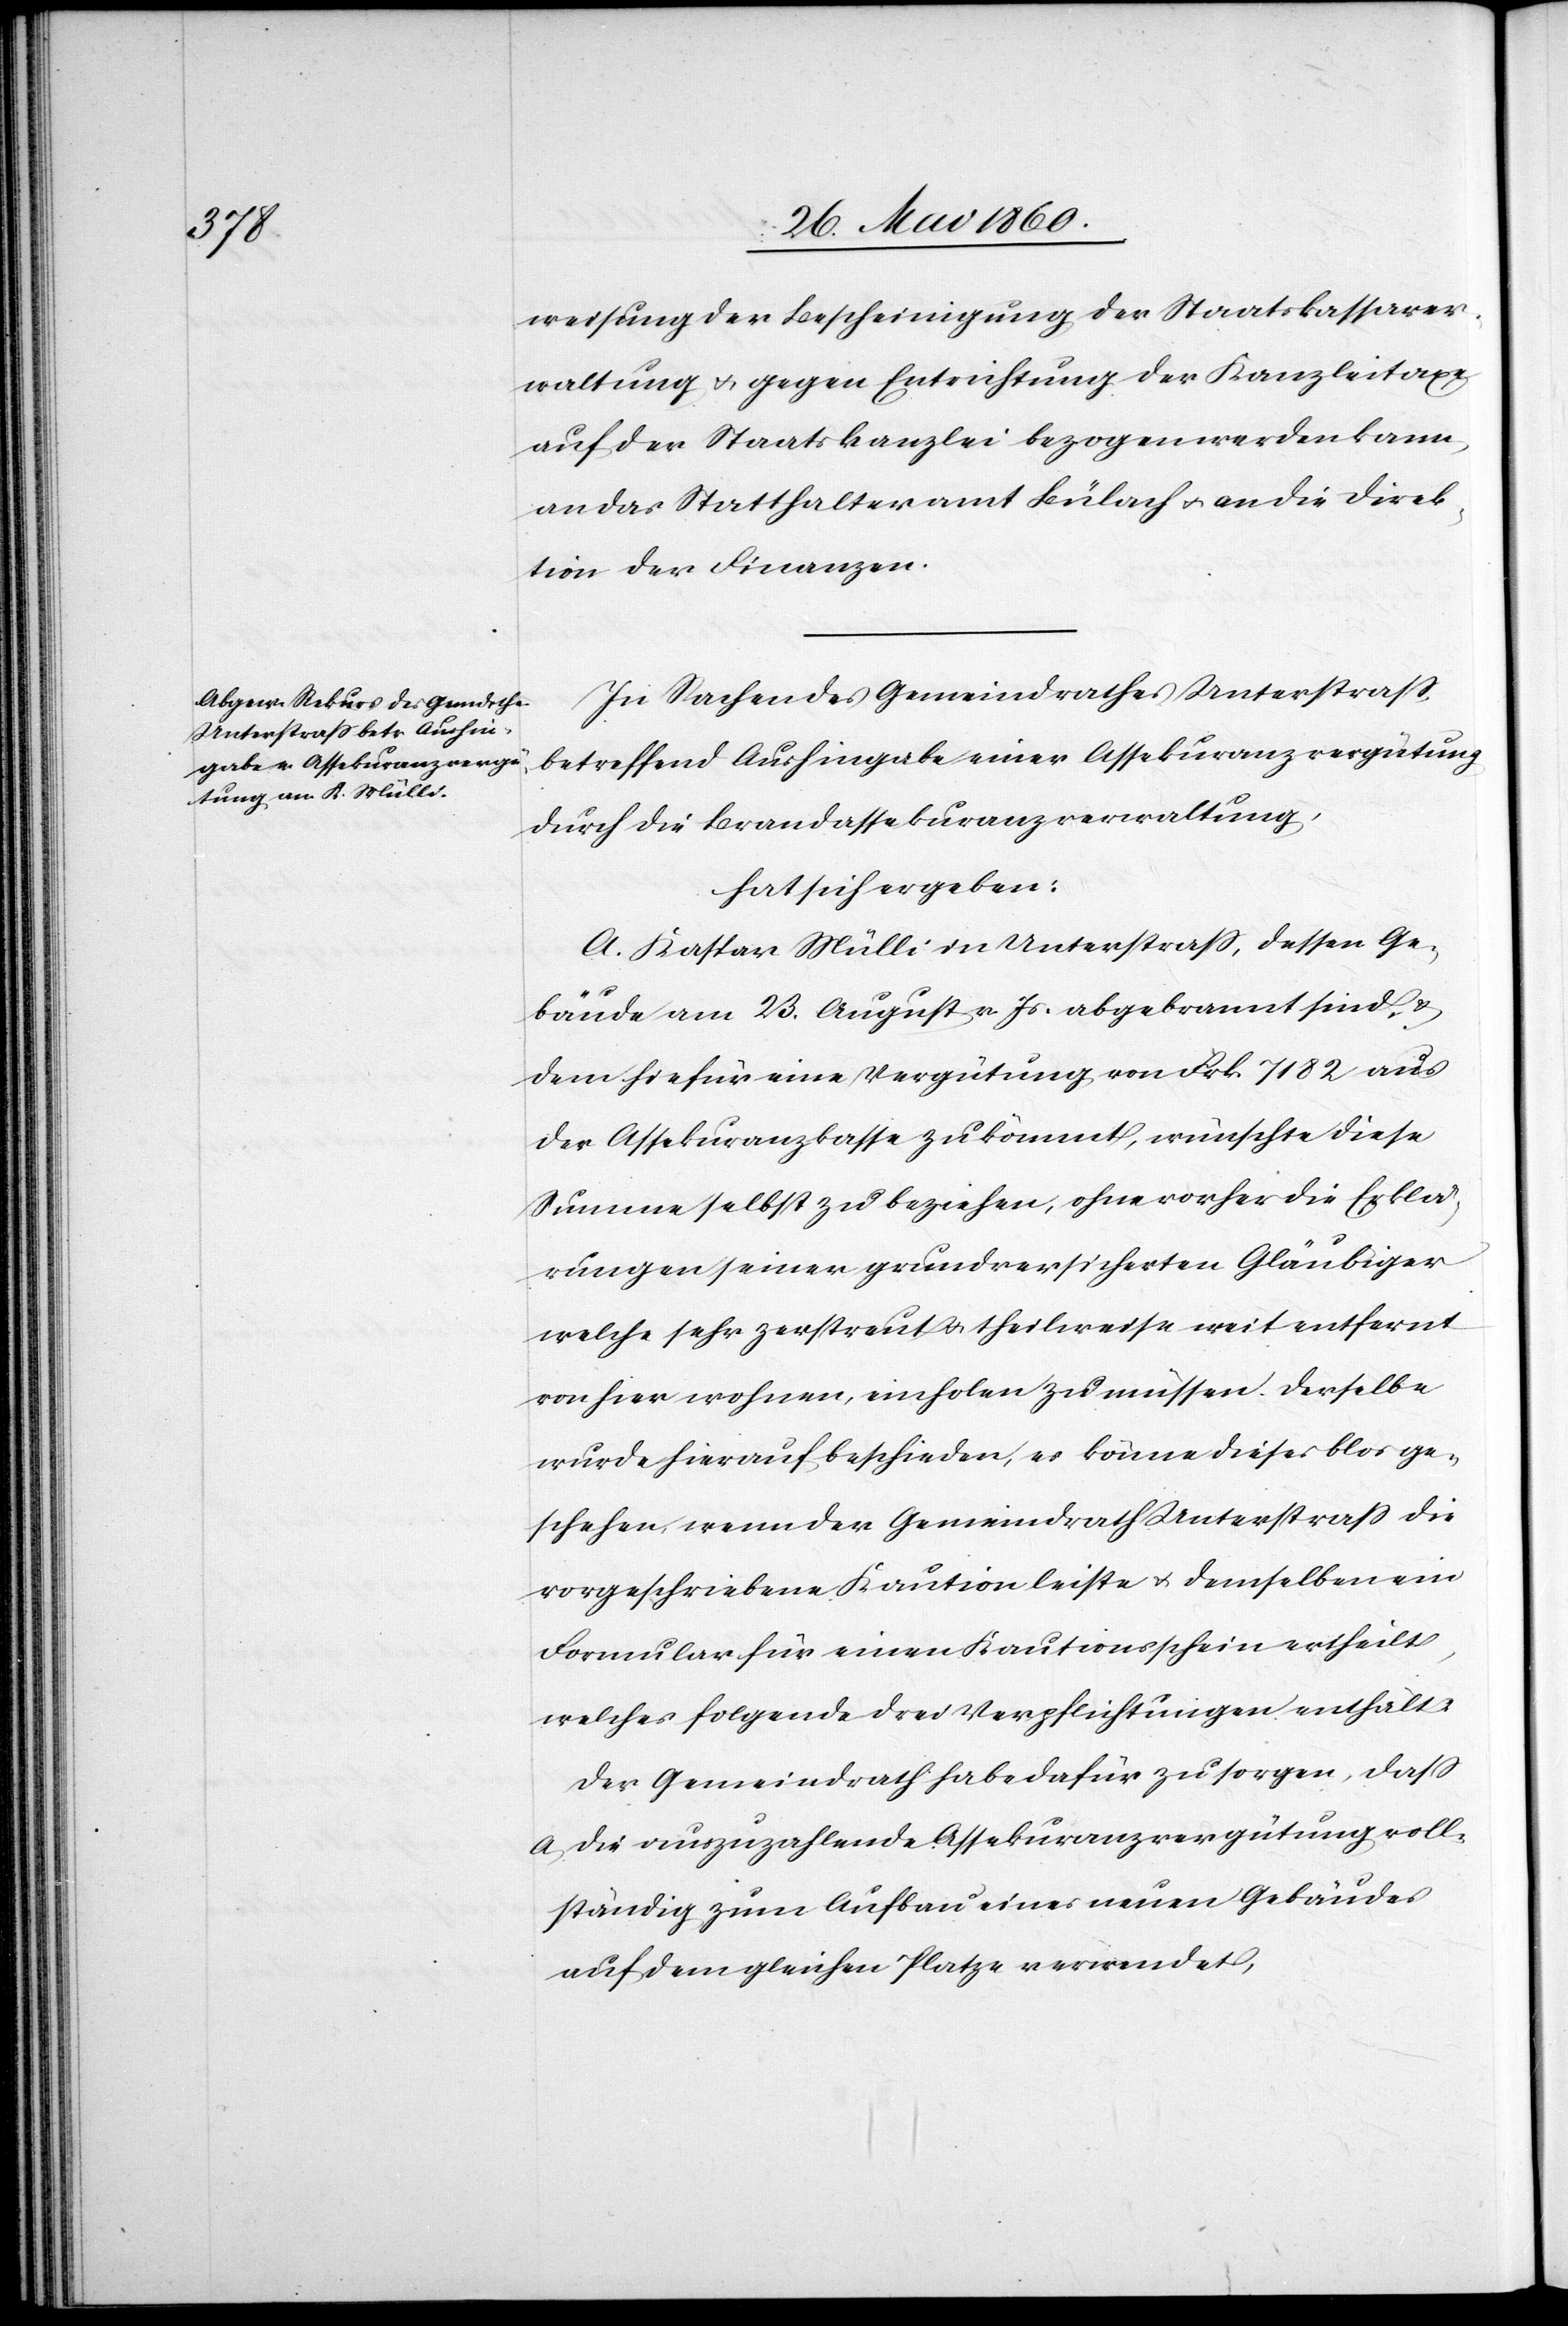
weisung der Bescheinigung der Staatskassaver¬
waltung u. gegen Entrichtung der Kanzleitaxe
auf der Staatskanzlei bezogen werden kann,
an das Statthalteramt Bülach u. an die Direk¬
tion der Finanzen.
In Sachen des Gemeindrathes Unterstrass,
betreffend Aushingabe einer Assekuranzvergütung
durch die Brandassekuranzverwaltung,
hat sich ergeben:
A. Kaspar Mülli in Unterstass, dessen Ge¬
bäude am 23. August v. Js. abgebrannt sind u.
dem hiefür eine Vergütung von Frk. 7182 aus
der Assekuranzkasse zukömmt, wünsche diese
Summe selbst zu beziehen, ohne vorher die Erklä¬
rungen seiner grundversicherten Gläubiger
welche sehr zerstreut u. theilweise weit entfernt
von hier wohnen, einholen zu müssen. Derselbe
wurde hierauf beschieden, es könne dieses blos ge¬
schehen, wenn der Gemeindrath Unterstrass die
vorgeschriebene Kaution leiste u. demselben ein
Formular für einen Kautionsschein ertheilt,
welches folgende drei Verpflichtungen enthält:
Der Gemeindrath habe dafür zu sorgen, dass
a. die auszuzahlende Assekuranzvergütung voll¬
ständig zum Aufbau eines neuen Gebäudes
auf dem gleichen Platze verwendet,